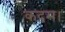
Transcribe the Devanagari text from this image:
कदम।